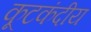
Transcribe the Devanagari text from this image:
कूटकंदीय